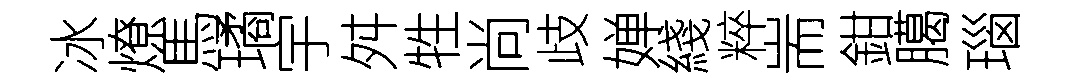
冰燎馬璚宇舛牲尚歧婵綫粹耑鉗臈瑙